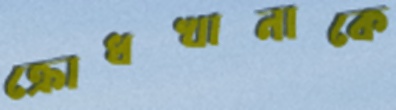
ক্রোধখানাকে